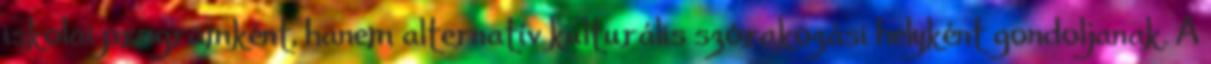
iskolai programként, hanem alternatív kulturális szórakozási helyként gondoljanak. A